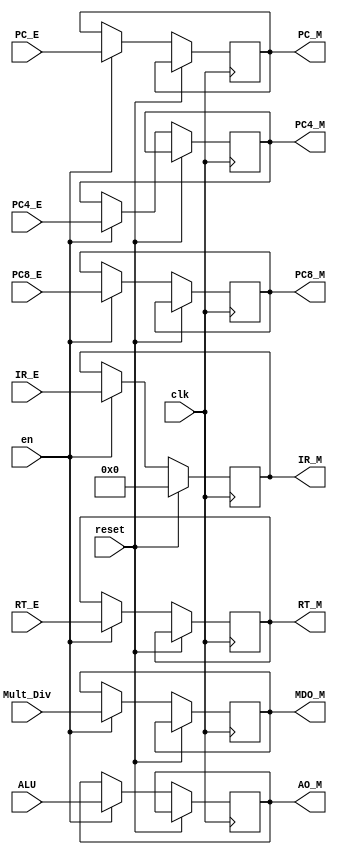
`timescale 1ns / 1ps
//////////////////////////////////////////////////////////////////////////////////
// Company: 
// Engineer: 
// 
// Design Name: 
// Module Name:    MEM 
// Project Name: 
// Target Devices: 
// Tool versions: 
// Description: 
//
// Dependencies: 
//
// Revision: 
// Revision 0.01 - File Created
// Additional Comments: 
//
//////////////////////////////////////////////////////////////////////////////////
module MEM(
    input clk,
    input reset,
    input en,
    input [31:0] IR_E,
	 input [31:0] PC_E,
    input [31:0] PC4_E,
    input [31:0] PC8_E,
    input [31:0] ALU,
	 input [31:0] Mult_Div,
    input [31:0] RT_E,
    output reg[31:0] IR_M,
	 output reg[31:0] PC_M,
    output reg[31:0] PC4_M,
    output reg[31:0] PC8_M,
    output reg[31:0] AO_M,
	 output reg[31:0] MDO_M,
    output reg[31:0] RT_M
    );
	initial begin
		IR_M <= 0;
	end
	always@(posedge clk) begin
		if(reset) begin
			IR_M <= 32'h00000000;
		end
		else if(en) begin
			IR_M <= IR_E;
			PC_M <= PC_E;
			PC4_M <= PC4_E;
			PC8_M <= PC8_E;
			AO_M <= ALU;
			MDO_M <= Mult_Div;
			RT_M <= RT_E;
		end
	end
	
endmodule